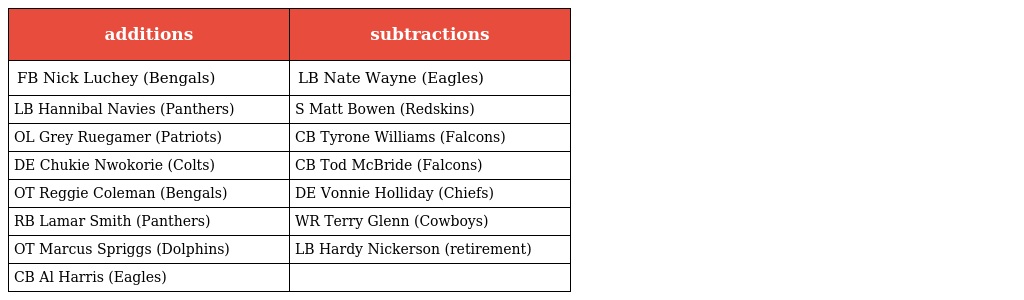
| additions | subtractions |
 | --- | --- |
 | FB Nick Luchey (Bengals) | LB Nate Wayne (Eagles) |
 | LB Hannibal Navies (Panthers) | S Matt Bowen (Redskins) |
 | OL Grey Ruegamer (Patriots) | CB Tyrone Williams (Falcons) |
 | DE Chukie Nwokorie (Colts) | CB Tod McBride (Falcons) |
 | OT Reggie Coleman (Bengals) | DE Vonnie Holliday (Chiefs) |
 | RB Lamar Smith (Panthers) | WR Terry Glenn (Cowboys) |
 | OT Marcus Spriggs (Dolphins) | LB Hardy Nickerson (retirement) |
 | CB Al Harris (Eagles) |  |